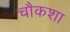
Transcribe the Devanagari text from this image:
चौकशा